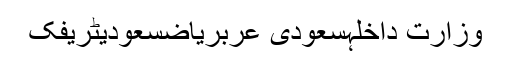
وزارت داخلہسعودی عربریاضسعودیٹریفک